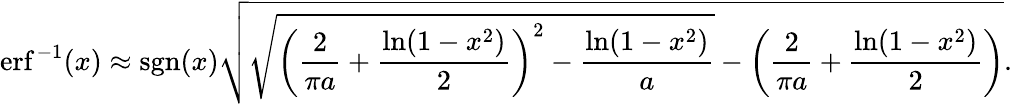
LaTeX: \operatorname{erf}^{-1}(x)\approx\operatorname{sgn}(x){\sqrt{{\sqrt{\left({\frac{2}{\pi a}}+{\frac{\ln(1-x^{2})}{2}}\right)^{2}-{\frac{\ln(1-x^{2})}{a}}}}-\left({\frac{2}{\pi a}}+{\frac{\ln(1-x^{2})}{2}}\right)}}.